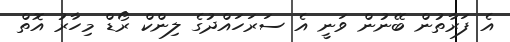
އެ ފަރާތުން ބޭނުން ވަނީ އެ ސަރަހައްދުގެ ލިންކް ރޯޑް މިހާރު އޮތް